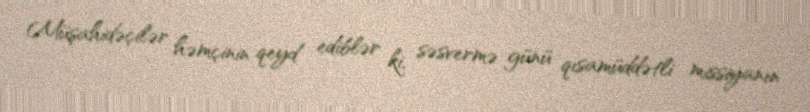
Müşahidəçilər həmçinin qeyd ediblər ki, səsvermə günü qısamüddətli missiyanın